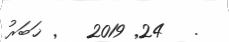
.   24